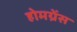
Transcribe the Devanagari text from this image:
होमग्रेंस